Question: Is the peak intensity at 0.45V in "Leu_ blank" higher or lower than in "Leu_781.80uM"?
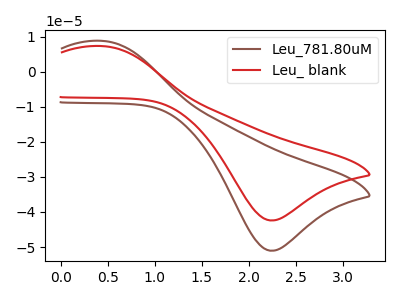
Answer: <think>The brown curve "Leu_781.80uM" has an anodic peak at (0.45V, 8.80uA) and a cathodic peak at (2.25V, -51.05uA). The red curve "Leu_ blank" has an anodic peak at (0.45V, 7.30uA) and a cathodic peak at (2.25V, -42.40uA).</think>
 <answer>The peak at 0.45V is lower in "Leu_ blank" than in "Leu_781.80uM".</answer>
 <eval>lower</eval>